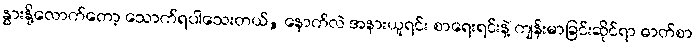
နွားနို့လောက်တော့ သောက်ရပါသေးတယ်, နောက်လဲ အနားယူရင်း စာရေးရင်းနဲ့ ကျန်းမာခြင်းဆိုင်ရာ ဓာတ်စာ